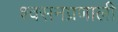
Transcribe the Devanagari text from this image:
श्वसनप्रणाली